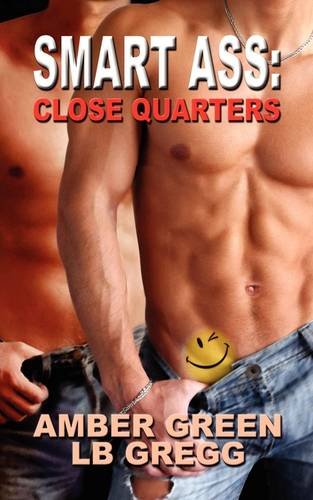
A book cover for Smart Ass: Close Quarters; Amber Green; Romance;